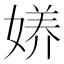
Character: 𱙟